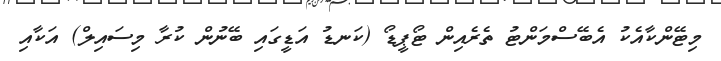
މިޓޭންކާއެކު އެބޭސްމަންޓު ތެރެއިން ޓޯޕީޑޯ (ކަނޑު އަޑީގައި ބޭނުން ކުރާ މިސައިލް) އަކާއި